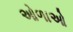
ઓળાઓ